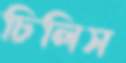
চিলিস